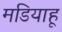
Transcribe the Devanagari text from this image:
मडियाहू